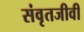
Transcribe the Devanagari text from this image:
संवृतजीवी